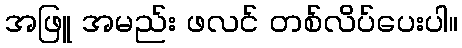
အဖြူ အမည်း ဖလင် တစ်လိပ်ပေးပါ။